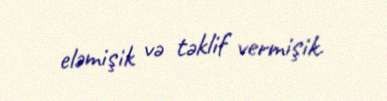
eləmişik və təklif vermişik.